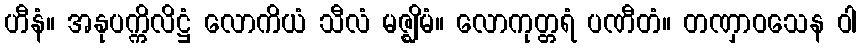
ဟီနံ။ အနုပက္ကိလိဋ္ဌံ လောကိယံ သီလံ မဇ္ဈိမံ။ လောကုတ္တရံ ပဏီတံ။ တဏှာဝသေန ဝါ